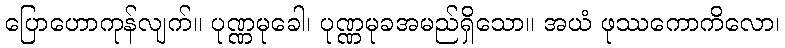
ပြောဟောကုန်လျက်။ ပုဏ္ဏမုခေါ၊ ပုဏ္ဏမုခအမည်ရှိသော။ အယံ ဖုဿကောကိလော၊